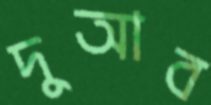
দুআব